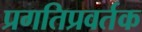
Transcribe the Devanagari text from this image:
प्रगतिप्रवर्तक